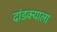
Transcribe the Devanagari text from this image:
दांडक्याला